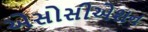
એસોસીએશન